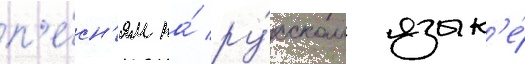
п'е́сн'ям на́ ру́сском язык'е́